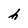
Character: h